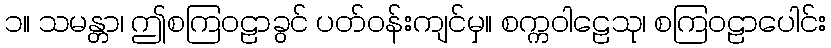
၁။ သမန္တာ၊ ဤစကြဝဠာခွင် ပတ်ဝန်းကျင်မှ။ စက္ကဝါဠေသု၊ စကြဝဠာပေါင်း